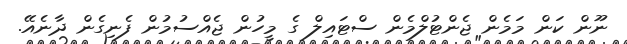
ނޫން ކަން މަމެން ޖެންޓުލްމެން ސްޓައިލް ގެ މީހުން ޖެއްސުމުން ފެނިގެން ދާނެއޭ.